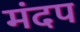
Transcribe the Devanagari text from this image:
मंदप